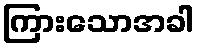
ကြားသောအခါ